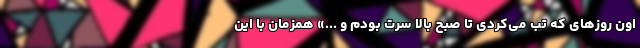
اون روزهای که تب می‌کردی تا صبح بالا سرت بودم و ...» همزمان با این